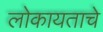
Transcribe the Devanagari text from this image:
लोकायताचे